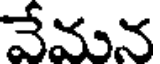
వేమన